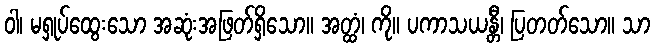
ဝါ၊ မရှုပ်ထွေးသော အဆုံးအဖြတ်ရှိသော။ အတ္ထံ၊ ကို။ ပကာသယန္တီ၊ ပြတတ်သော။ သာ